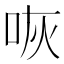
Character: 咴